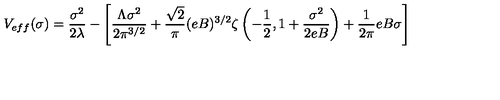
V _ { e f f } ( \sigma ) = { \frac { \sigma ^ { 2 } } { 2 \lambda } } - \left[ \frac { \Lambda \sigma ^ { 2 } } { 2 \pi ^ { 3 / 2 } } + \frac { \sqrt { 2 } } { \pi } ( e B ) ^ { 3 / 2 } \zeta \left( - \frac { 1 } { 2 } , 1 + \frac { \sigma ^ { 2 } } { 2 e B } \right) + \frac { 1 } { 2 \pi } e B \sigma \right]